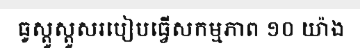
ធូស្តូស្តូសរបៀបធ្វើសកម្មភាព ១០ យ៉ាង